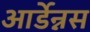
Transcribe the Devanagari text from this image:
आर्डेन्नस